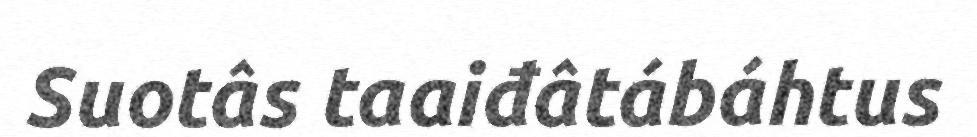
Suotâs taaiđâtábáhtus